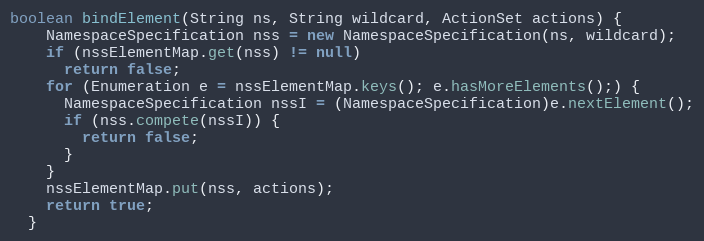
Language: Java
boolean bindElement(String ns, String wildcard, ActionSet actions) {
    NamespaceSpecification nss = new NamespaceSpecification(ns, wildcard);
    if (nssElementMap.get(nss) != null)
      return false;
    for (Enumeration e = nssElementMap.keys(); e.hasMoreElements();) {
      NamespaceSpecification nssI = (NamespaceSpecification)e.nextElement();
      if (nss.compete(nssI)) {
        return false;
      }
    }
    nssElementMap.put(nss, actions);
    return true;
  }